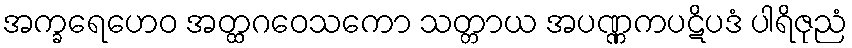
အက္ခရေဟေဝ အတ္ထဂဝေသကော သတ္တာယ အပဏ္ဏကပဋိပဒံ ပါရိဇုညံ